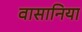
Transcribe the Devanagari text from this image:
वासानिया